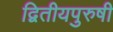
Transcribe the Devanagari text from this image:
द्वितीयपुरुषी